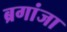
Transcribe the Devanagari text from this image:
ब्रगांजा